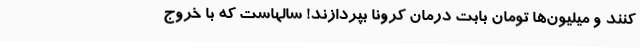
کنند و میلیون‌ها تومان بابت درمان کرونا بپردازند! سالهاست که با خروج